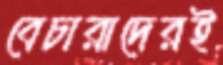
বেচারাদেরই